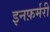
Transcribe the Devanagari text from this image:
इनफ़र्मरी